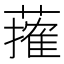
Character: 𦾣